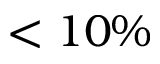
< 1 0 \%